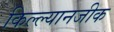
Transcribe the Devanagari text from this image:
किल्ल्यानजीक